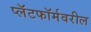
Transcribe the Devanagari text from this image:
प्लॅटफॉर्मवरील